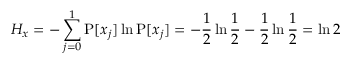
H _ { x } = - \sum _ { j = 0 } ^ { 1 } \operatorname { P } [ x _ { j } ] \ln \operatorname { P } [ x _ { j } ] = - { \frac { 1 } { 2 } } \ln { \frac { 1 } { 2 } } - { \frac { 1 } { 2 } } \ln { \frac { 1 } { 2 } } = \ln 2